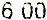
6.00